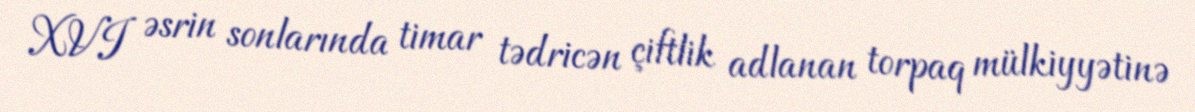
XVI əsrin sonlarında timar tədricən çiftlik adlanan torpaq mülkiyyətinə